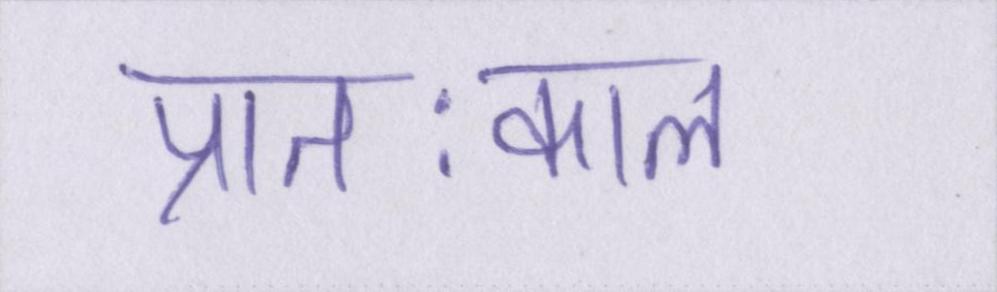
प्रातःकाल